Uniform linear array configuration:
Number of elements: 32
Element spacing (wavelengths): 0.25
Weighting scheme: hamming
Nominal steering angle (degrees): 45
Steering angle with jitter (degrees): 43.273
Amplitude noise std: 0.05
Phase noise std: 0.05

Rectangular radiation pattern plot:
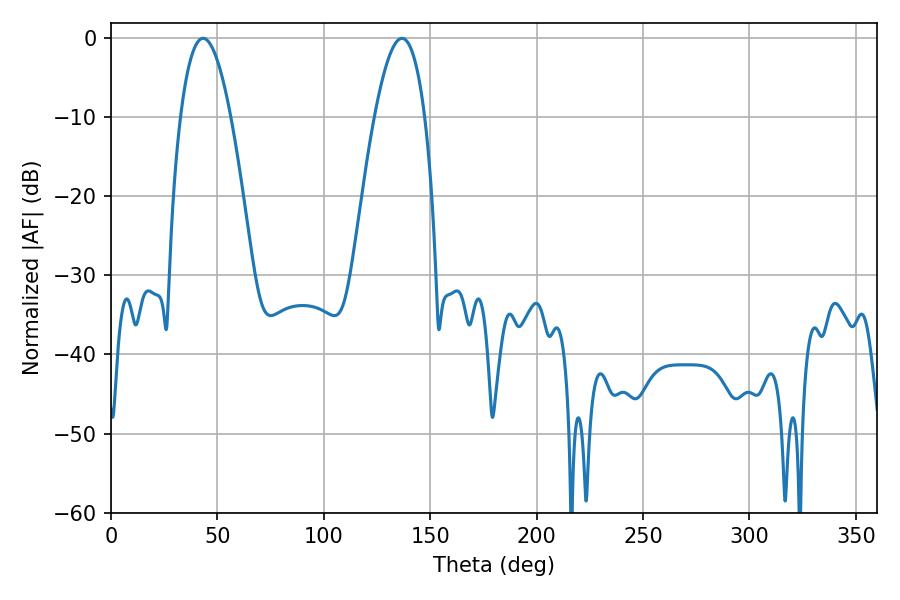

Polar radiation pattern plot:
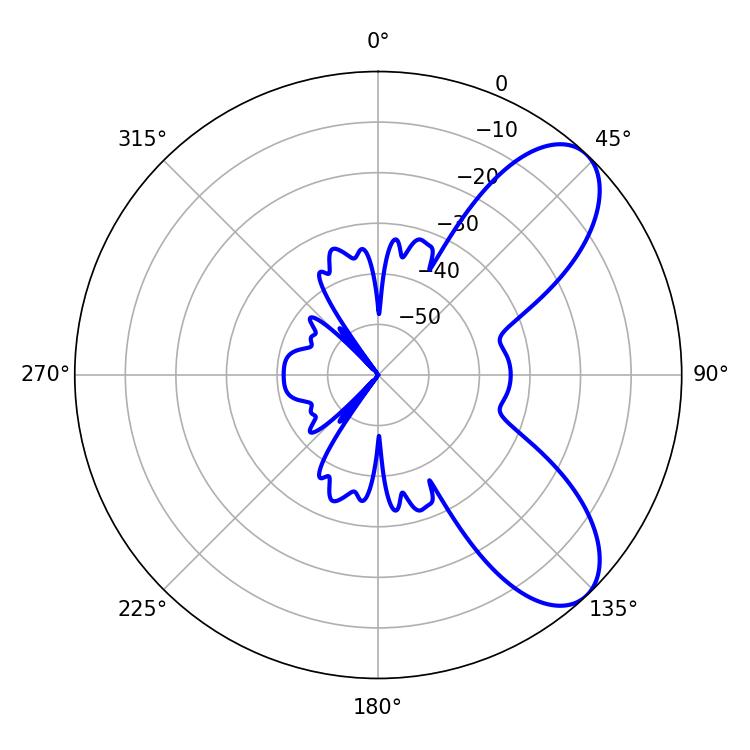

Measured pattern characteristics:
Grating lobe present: FALSE
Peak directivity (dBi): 7.74
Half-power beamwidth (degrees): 12.96
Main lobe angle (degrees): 43.2